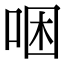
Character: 𠳁